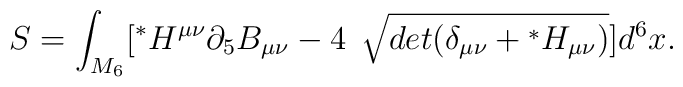
S=\int_{M_6}[{}^*H^{\mu\nu}\partial_5 B_{\mu\nu}-4 {\hskip0.3cm}\sqrt[]{det(\delta_{\mu\nu}+{}^*H_{\mu\nu})}]d^6x.